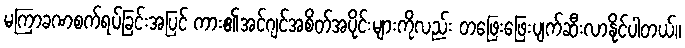
မကြာခဏစက်ရပ်ခြင်းအပြင် ကား၏အင်ဂျင်အစိတ်အပိုင်းများကိုလည်း တဖြေးဖြေးပျက်ဆီးလာနိုင်ပါတယ်။